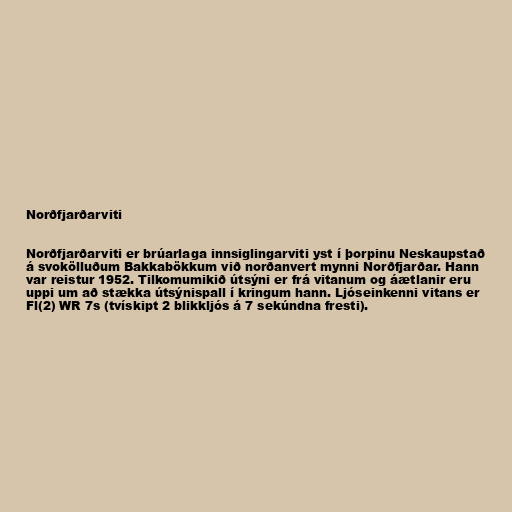
Norðfjarðarviti

Norðfjarðarviti er brúarlaga innsiglingarviti yst í þorpinu Neskaupstað
á svokölluðum Bakkabökkum við norðanvert mynni Norðfjarðar. Hann
var reistur 1952. Tilkomumikið útsýni er frá vitanum og áætlanir eru
uppi um að stækka útsýnispall í kringum hann. Ljóseinkenni vitans er
Fl(2) WR 7s (tvískipt 2 blikkljós á 7 sekúndna fresti).